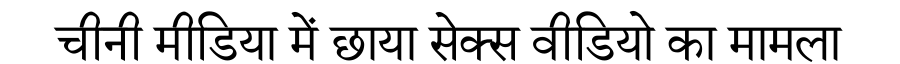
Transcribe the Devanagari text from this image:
चीनी मीडिया में छाया सेक्स वीडियो का मामला